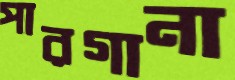
পারগানা